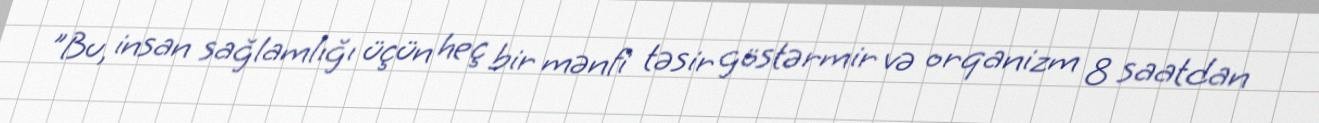
"Bu, insan sağlamlığı üçün heç bir mənfi təsir göstərmir və orqanizm 8 saatdan